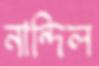
নান্দিল